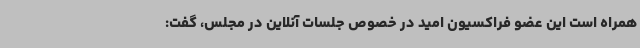
همراه است این عضو فراکسیون امید در خصوص جلسات آنلاین در مجلس، گفت: